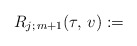
\begin{align*}R_{j;\,m+1}(\tau,\, v) :=\end{align*}